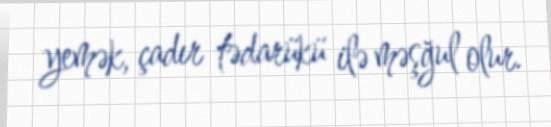
yemək, çadır tədarükü ilə məşğul olur.